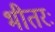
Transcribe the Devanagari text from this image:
भीतरः